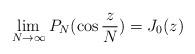
LaTeX: \begin{align*} \lim_{N \to \infty} P_N(\cos {\frac{z}{N}}) = J_0(z)\end{align*}